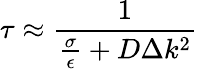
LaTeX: \tau\approx\frac{1}{\frac{\sigma}{\epsilon}+D\Delta k^{2}}